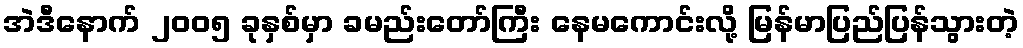
အဲဒီနောက် ၂၀၀၅ ခုနှစ်မှာ ခမည်းတော်ကြီး နေမကောင်းလို့ မြန်မာပြည်ပြန်သွားတဲ့